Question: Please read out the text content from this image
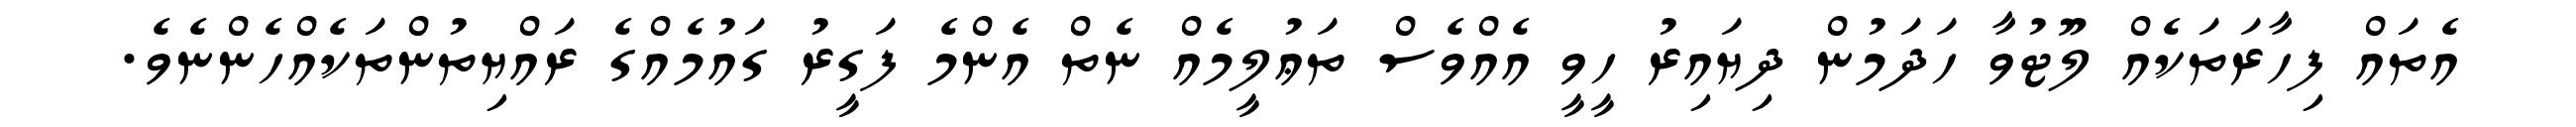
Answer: އެތައް ފިހާރަތަކެއް ލޫޓުވާ ހަދަމުން ދިޔައިރު ހީވީ އެއްވެސް ތަޢުލީމެއް ނެތް އެންމެ ފަގީރު ގައުމެއްގެ ރައްޔިތުންތަކެއްހެންނެވެ.